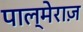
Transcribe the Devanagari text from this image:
पाल्मेराज़